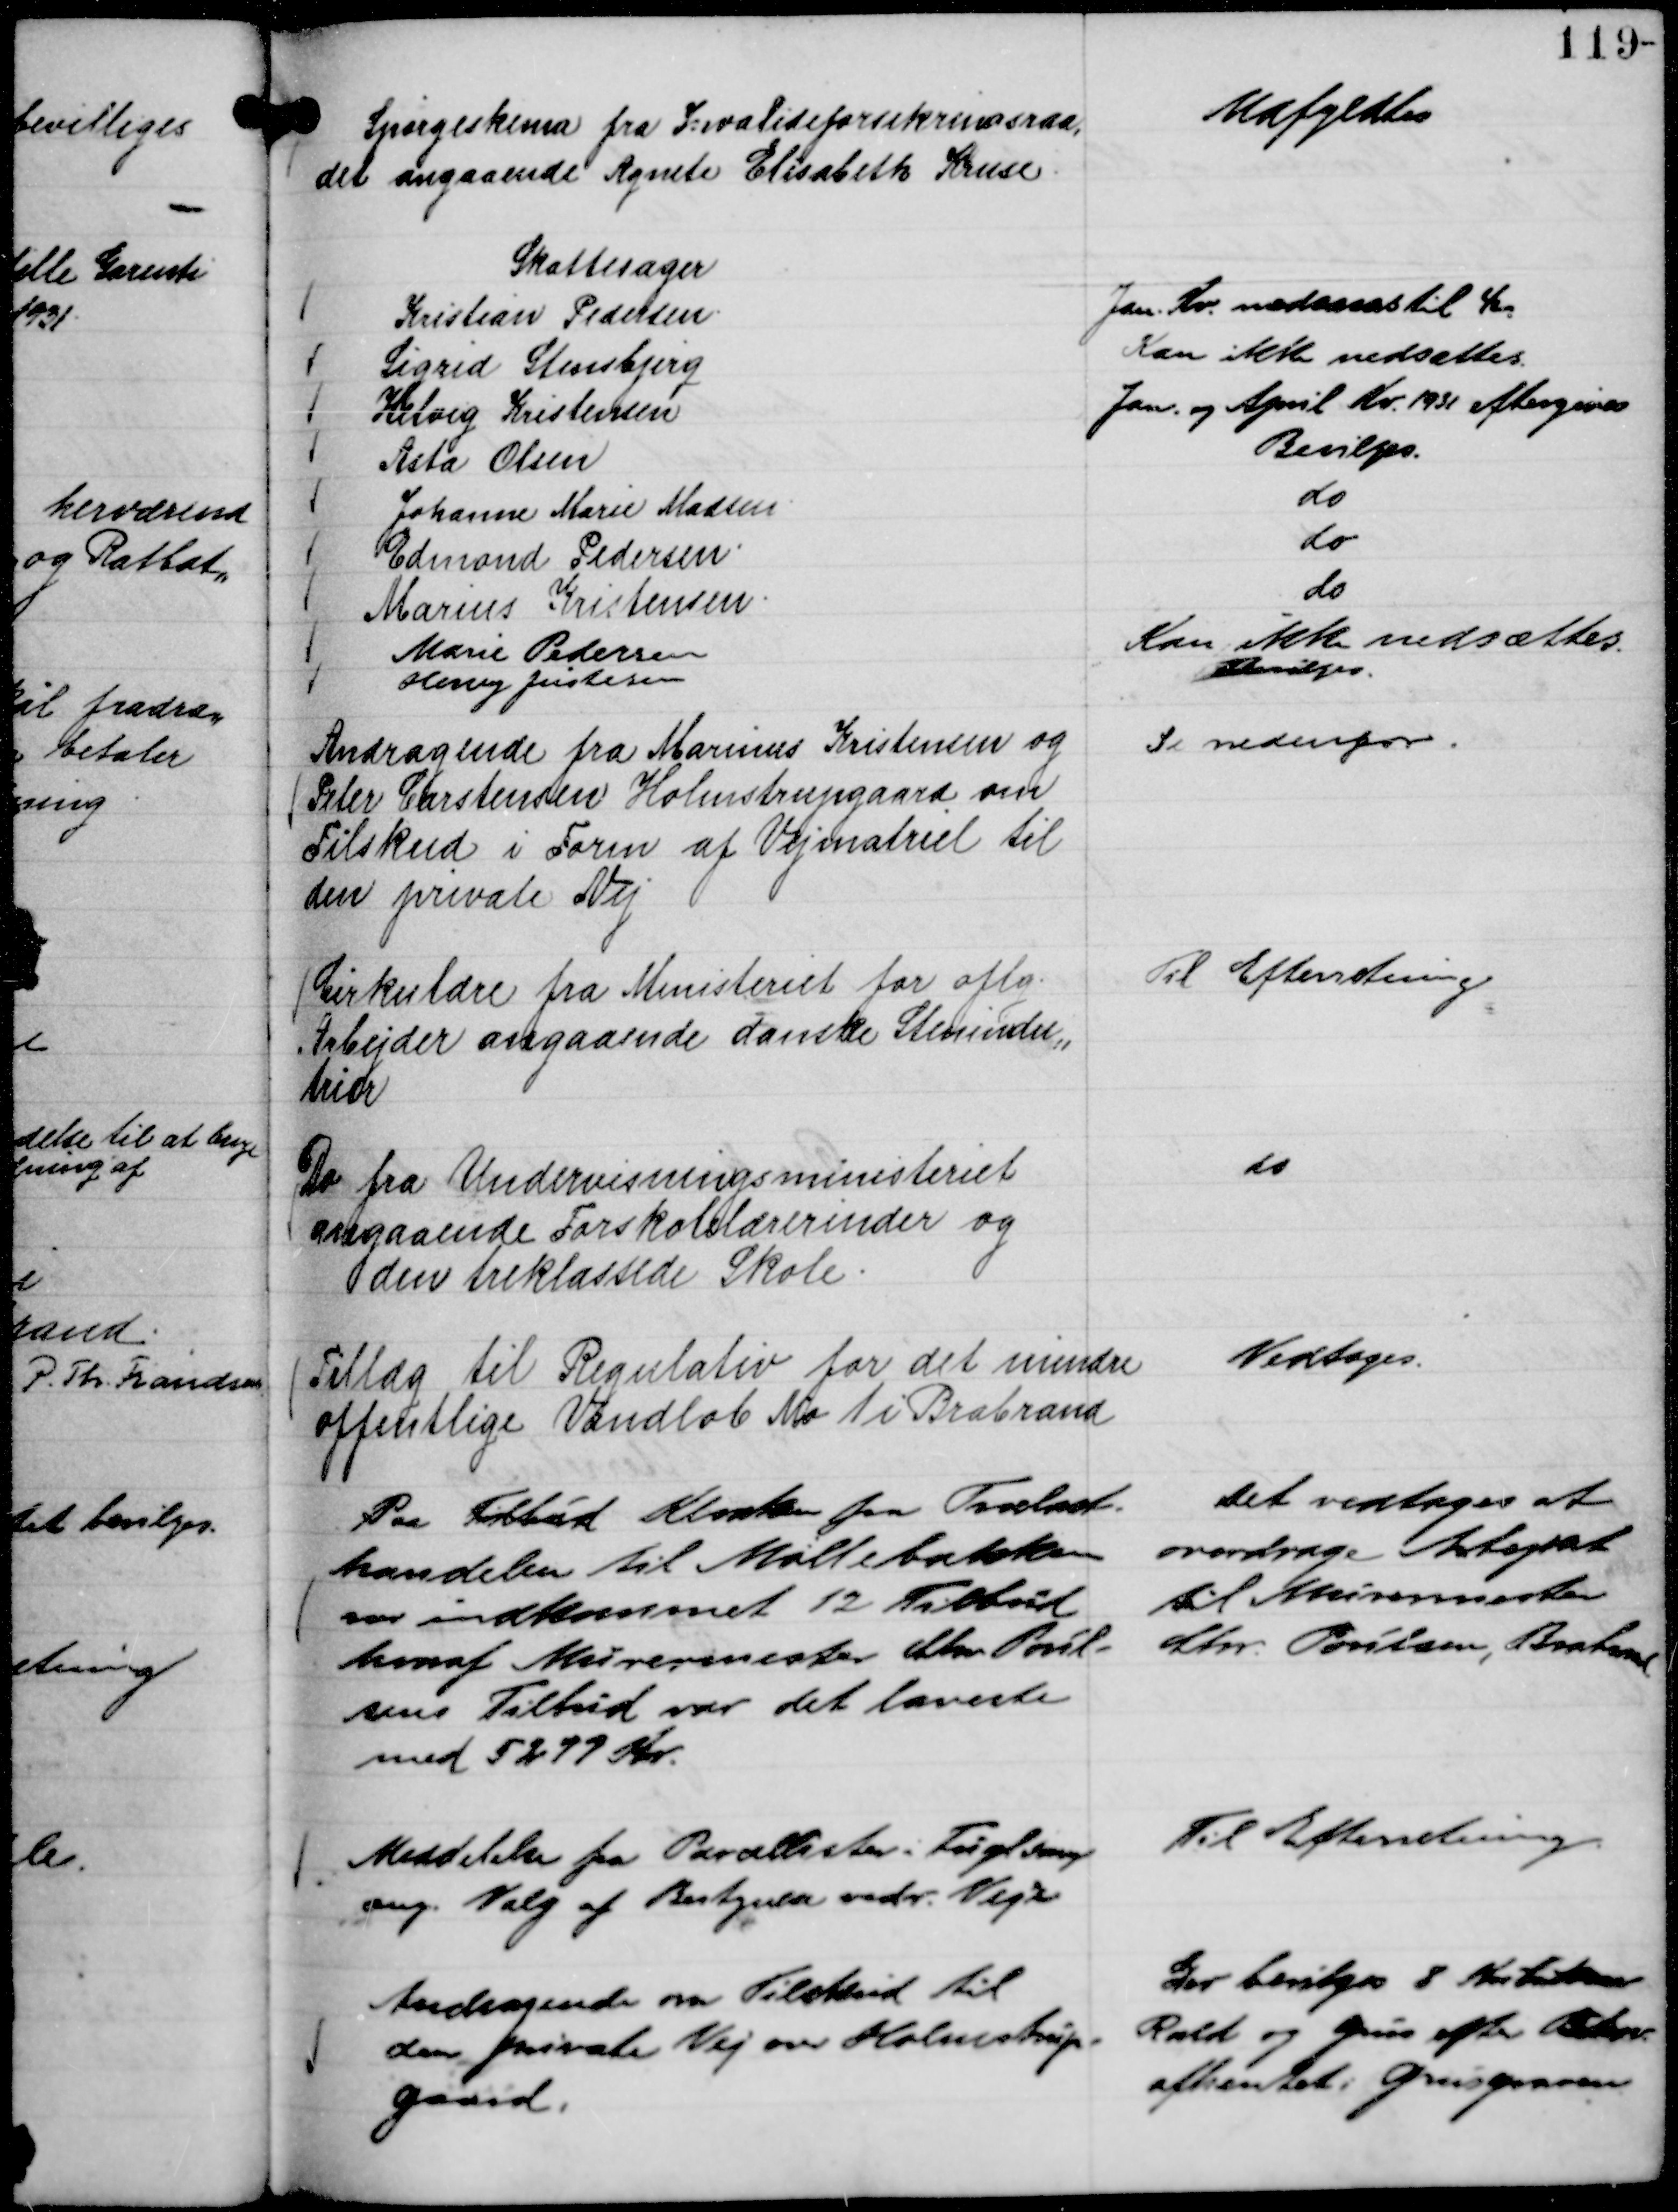
Transskription:
Spørgeskema fra Invalideforsikringsraa,
det angaaende Agnete Elisabeth Kruse.

Udfyldtes

Skattesager
Kristian Pedersen.
Jan. Kv. nedsættes til 4
Sigrid Stensbjerg
Kan ikke nedsættes
Helvig Kristensen
Jan. og April Kv. 1931 eftergives
Asta Olsen
Bevilges.
Johanne Marie Madsen
do.
Edmond Pedersen.
do.
Marius Kristensen.
do.
Marie Pedersen
Kan ikke nedsættes
Henry Justesen
Bevilges.

Andragende fra Marinus Kristensen og
Peter Christensen Holmstrupgaard om
Tilskud i Form af Vejmatriel til
den private Vej

Se nedenfor.

Cirkulære fra Ministeriet for oflg.
Arbejder angaaende danske Stenindu,,
trier

Til Efterretning

Do fra Undervisningsministeriet
angaaende Forskolelærerinder og
den treklassede Skole.

do

Tillæg til Regulativ for det mindre
offentlige Vandløb No 1 i Brabrand

Vedtoges.

Paa Tilbud Kloaken fra Trælast-
handelen til Møllebakken
var indkommet 12 Tilbud
hvoraf Murermester Chr Poul-
sens Tilbud var det laveste
med 5299 Kr.

Det vedtoges at
overdrage Arbejdet
til Murermester
Chr. Poulsen, Brabrand

Meddelelse fra Parcellister i Fuglsang
ang. Valg af Bestyrer vedr. Veje

Til Efterretning.

Andragende om Tilskud til
den private Vej over Holmstrup-
gaard.

Der bevilges 8 Kubikm
Rald og Grus efter Behov
afhentet i Grusgraven